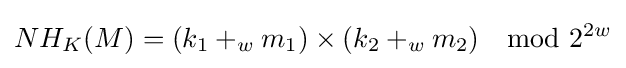
NH_{K}(M)=(k_{1}+_{w}m_{1})\times (k_{2}+_{w}m_{2})\mod 2^{2w}